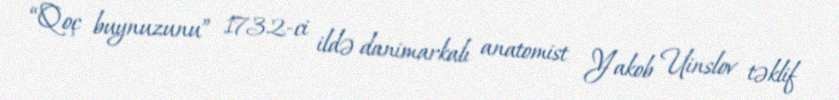
“Qoç buynuzunu” 1732-ci ildə danimarkalı anatomist Yakob Uinslov təklif